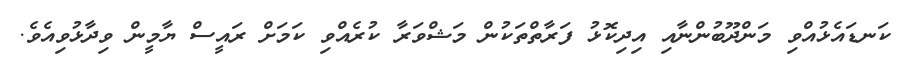
ކަނޑައެޅުއްވި މަންދޫބުންނާއި އިދިކޮޅު ފަރާތްތަކުން މަޝްވަރާ ކުރެއްވި ކަމަށް ރައީސް ޔާމީން ވިދާޅުވިއެވެ.